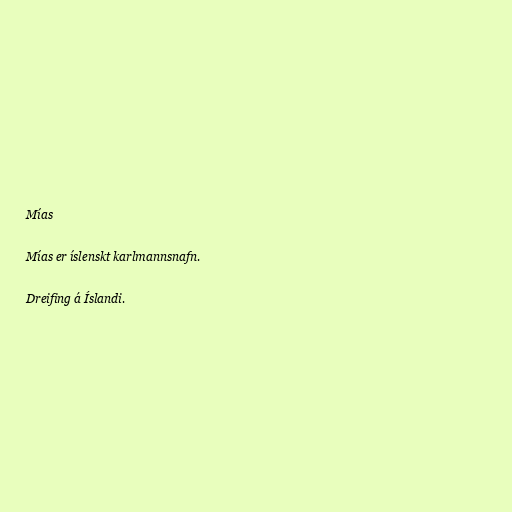
Mías

Mías er íslenskt karlmannsnafn.

Dreifing á Íslandi.